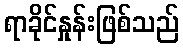
ရာခိုင်နှုန်းဖြစ်သည်